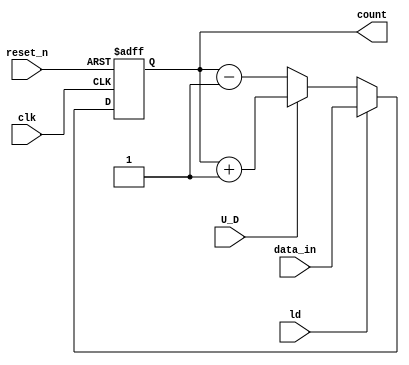
`timescale 1ns / 1ps
//////////////////////////////////////////////////////////////////////////////////
// Company: 
// Engineer: 
// 
// Design Name: 
// Module Name: nbiupdn
// Project Name: 
// Target Devices: 
// Tool Versions: 
// Description: 
// 
// Dependencies: 
// 
// Revision:
// Revision 0.01 - File Created
// Additional Comments:
// 
//////////////////////////////////////////////////////////////////////////////////


module nbitupdn(data_in,reset_n,ld,U_D,clk,count);
input reset_n,ld,U_D,clk;
input [2:0] data_in;
output reg [2:0] count;

always@(posedge clk or posedge reset_n)
begin
if(reset_n)
count<=3'b000;
else if(ld)
count<=data_in;
else 
 begin
        if(U_D)
        count<=count+1'b1;
        else 
        count<=count-1'b1; 
    end
end
endmodule